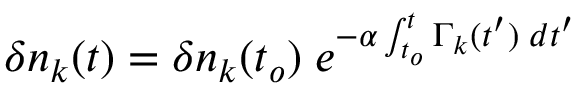
\delta n _ { k } ( t ) = \delta n _ { k } ( t _ { o } ) \; e ^ { - \alpha \int _ { t _ { o } } ^ { t } \Gamma _ { k } ( t ^ { \prime } ) \; d t ^ { \prime } }